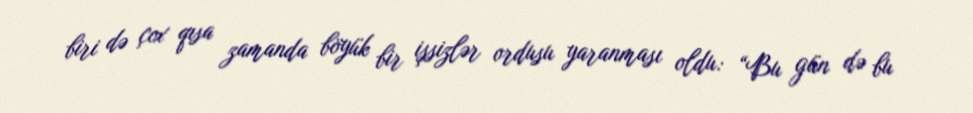
biri də çox qısa zamanda böyük bir işsizlər ordusu yaranması oldu: “Bu gün də bu